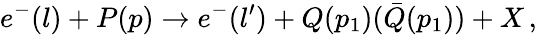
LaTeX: e^{-}(l)+P(p)\rightarrow e^{-}(l^{\prime})+Q(p_{1})(\bar{Q}(p_{1}))+X\, ,